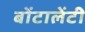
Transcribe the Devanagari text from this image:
बोंटालेंटी